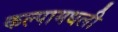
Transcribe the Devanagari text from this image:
कल्पामधली